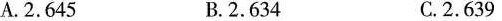
A.2.645 B.2.634 C.2.639